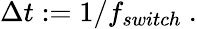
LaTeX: \begin{array}{r}{\Delta t:=1/f_{switch}\ .}\end{array}